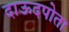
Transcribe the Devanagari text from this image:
दाऊदपोता